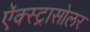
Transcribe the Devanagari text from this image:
ऍक्स्ट्रासोलर